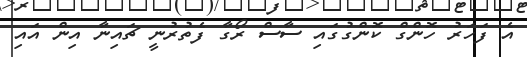
އެ ފަހަރު ހޮންގް ކޮންގުގައި ސާސް ރޯގާ ފެތުރުނީ ޗައިނާ އިން އައި